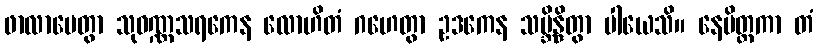
ဖာလာပေတွာ သုဝဏ္ဏသရကေန လောဟိတံ ဂဟေတွာ ဥဒကေန သမ္ဘိန္ဒိတွာ ပါယေသိ။ နေမိတ္တကာ တံ